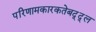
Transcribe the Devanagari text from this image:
परिणामकारकतेबद्द्ल